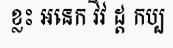
ខ្លះ អនេក វិវ ដ្ត កប្ប